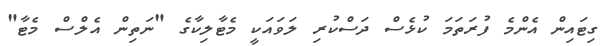
ގިޓައިން އެންމެ ފުރަތަމަ ކުޅެސް ދަސްކުރި ލަވައަކީ މެޓާލިކާގެ "ނަތިން އެލްސް މެޓާ"